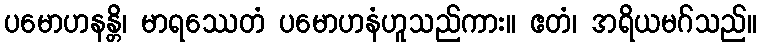
ပမောဟနန္တိ၊ မာရဿေတံ ပမောဟနံဟူသည်ကား။ ဧတံ၊ အရိယမဂ်သည်။